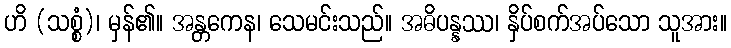
ဟိ (သစ္စံ)၊ မှန်၏။ အန္တကေန၊ သေမင်းသည်။ အဓိပန္နဿ၊ နှိပ်စက်အပ်သော သူအား။